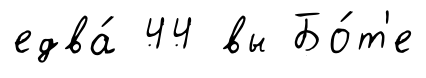
едва́ 44 вы Бо́т'е